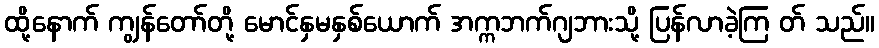
ထို့နောက် ကျွန်တော်တို့ မောင်နှမနှစ်ယောက် အက္ကဘက်ဂျဘားသို့ ပြန်လာခဲ့ကြ တ် သည်။